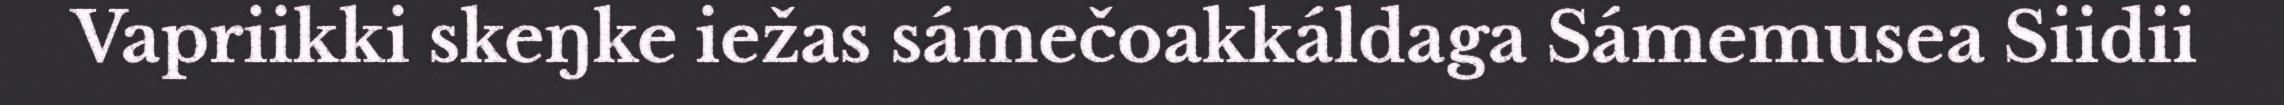
Vapriikki skeŋke iežas sámečoakkáldaga Sámemusea Siidii